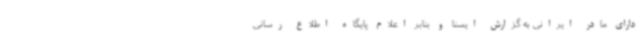
دارای مادر ایرانی به گزارش ایسنا و بنابر اعلام پایگاه اطلاع رسانی